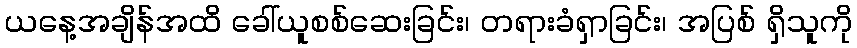
ယနေ့အချိန်အထိ ခေါ်ယူစစ်ဆေးခြင်း၊ တရားခံရှာခြင်း၊ အပြစ် ရှိသူကို